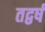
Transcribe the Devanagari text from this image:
तद्वर्षं